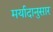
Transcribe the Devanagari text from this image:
मर्यादानुसार